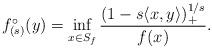
LaTeX: \begin{align*}f_{(s)}^\circ(y) = \inf_{x \in S_f} \frac{(1 - s \langle x, y \rangle)_+^{1/s}}{f(x)}.\end{align*}